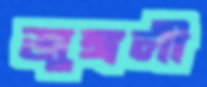
জুঙ্গলী